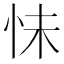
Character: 怽